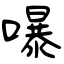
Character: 嚗